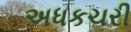
અધકચરી